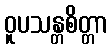
ဝူပသန္တစိတ္တာ